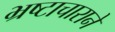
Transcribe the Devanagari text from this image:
भ्रष्टाचाराने